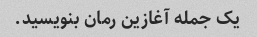
یک جمله آغازین رمان بنویسید.